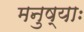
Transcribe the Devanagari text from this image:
मनुष्याः